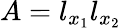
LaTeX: A=l_{x_{1}}l_{x_{2}}